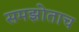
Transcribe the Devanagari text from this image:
समझोताच